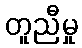
တူညီမှု